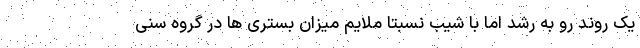
یک روند رو به رشد اما با شیب نسبتا ملایم میزان بستری ها در گروه سنی